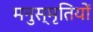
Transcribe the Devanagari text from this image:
मनुस्मृतियों